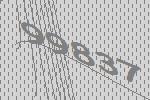
99837